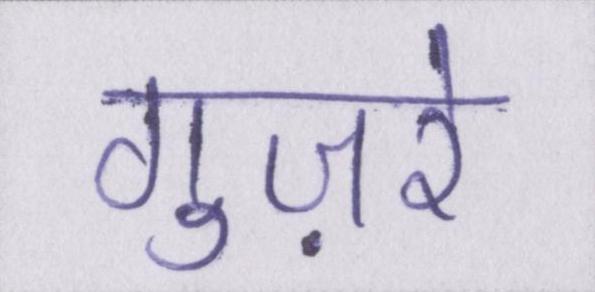
गुज़रे